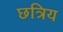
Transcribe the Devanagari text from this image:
छत्रिय